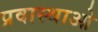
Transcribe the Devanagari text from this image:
प्रवास्थाओ